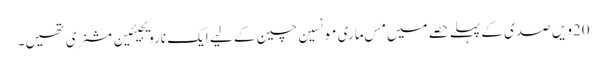
20ویں صدی کے پہلے حصے میں مِس ماری مونسین چین کے لیے ایک نارویجیئین مشنری تھیں۔